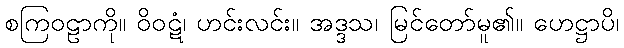
စကြဝဠာကို။ ဝိဝဋံ၊ ဟင်းလင်း။ အဒ္ဒသ၊ မြင်တော်မူ၏။ ဟေဋ္ဌာပိ၊